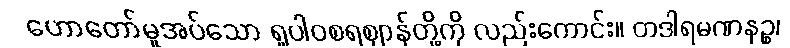
ဟောတော်မူအပ်သော ရူပါဝစရဈာန်တို့ကို လည်းကောင်း။ တဒါရမဏနဉ္စ၊